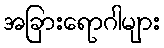
အခြားရောဂါများ